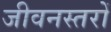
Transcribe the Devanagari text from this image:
जीवनस्तरों